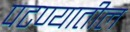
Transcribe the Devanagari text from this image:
पटण्यातील